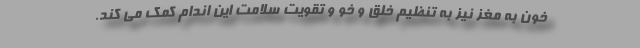
خون به مغز نیز به تنظیم خلق و خو و تقویت سلامت این اندام کمک می کند.